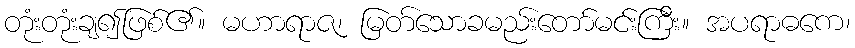
တုံးတုံးချ၍ဖြစ်၏။ မဟာရာဇ၊ မြတ်သောခမည်းတော်မင်းကြီး။ အပရာဓကေ၊